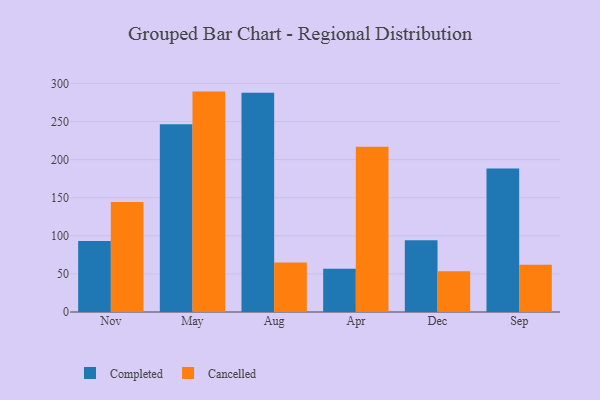
{"axis": {"x": "Month", "y": "Customer Acquisition Cost (USD)"}, "legend": ["Cancelled", "Completed"], "data": [{"x": "Nov", "y": 93.3, "type": "Completed"}, {"x": "Nov", "y": 144.5, "type": "Cancelled"}, {"x": "May", "y": 246.4, "type": "Completed"}, {"x": "May", "y": 289.2, "type": "Cancelled"}, {"x": "Aug", "y": 287.6, "type": "Completed"}, {"x": "Aug", "y": 64.8, "type": "Cancelled"}, {"x": "Apr", "y": 56.7, "type": "Completed"}, {"x": "Apr", "y": 216.8, "type": "Cancelled"}, {"x": "Dec", "y": 94.2, "type": "Completed"}, {"x": "Dec", "y": 53.4, "type": "Cancelled"}, {"x": "Sep", "y": 188.3, "type": "Completed"}, {"x": "Sep", "y": 62.1, "type": "Cancelled"}]}